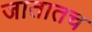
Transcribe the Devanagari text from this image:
जातातच